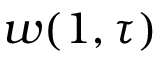
w ( 1 , \tau )